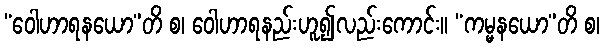
“ဝေါဟာရနယော”တိ စ၊ ဝေါဟာရနည်းဟူ၍လည်းကောင်း။ “ကမ္မနယော”တိ စ၊